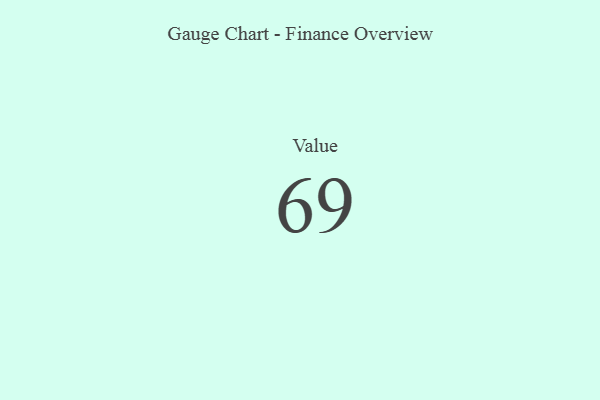
{"axis": {"x": "Metric", "y": "Value"}, "legend": [""], "data": [{"x": "Value", "y": 69, "type": ""}]}